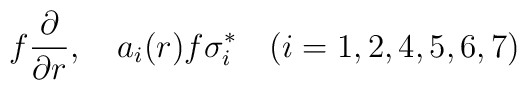
f{{\partial}\over{\partial r}}, \quad a_i(r)f\sigma_i^* \quad(i=1,2,4,5,6,7)